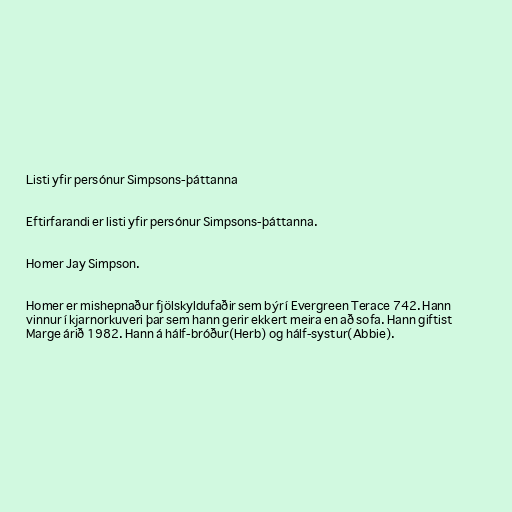
Listi yfir persónur Simpsons-þáttanna

Eftirfarandi er listi yfir persónur Simpsons-þáttanna.

Homer Jay Simpson.

Homer er mishepnaður fjölskyldufaðir sem býr í Evergreen Terace 742. Hann
vinnur í kjarnorkuveri þar sem hann gerir ekkert meira en að sofa. Hann giftist
Marge árið 1982. Hann á hálf-bróður(Herb) og hálf-systur(Abbie).